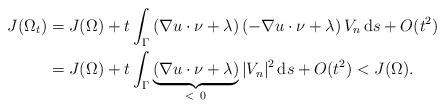
LaTeX: \begin{align*}J(\Omega_t)&= J(\Omega) + t \int_{\Gamma} \left(\nabla u \cdot {\nu} + \lambda \right) \left(-\nabla u \cdot {\nu} + \lambda\right) V_{n} \operatorname{d}\!s + O(t^2)\\&= J(\Omega) + t \int_{\Gamma} \underbrace{\left(\nabla u \cdot {\nu} + \lambda \right) }_{<\ 0} |V_{n}|^2 \operatorname{d}\!s + O(t^2)< J(\Omega).\end{align*}